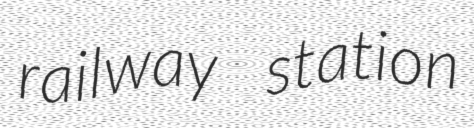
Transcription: railway station